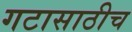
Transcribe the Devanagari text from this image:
गटासाठीच